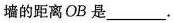
墙的距离OB是___ 。